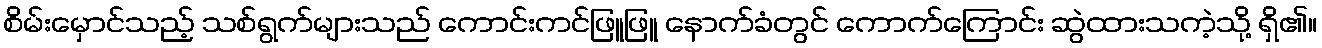
စိမ်းမှောင်သည့် သစ်ရွက်များသည် ကောင်းကင်ဖြူဖြူ နောက်ခံတွင် ကောက်ကြောင်း ဆွဲထားသကဲ့သို့ ရှိ၏။